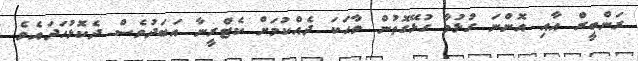
ރަންބީރް އާއި އޮންނަ ގުޅުމާ ގުޅޭގޮތުން ވާހަކަ ދެއްކުމަށް ކެޓްރީނާ އަބަދުވެސް ދެކޮޅުހަދައެވެ.